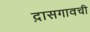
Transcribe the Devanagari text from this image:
द़ासगावची